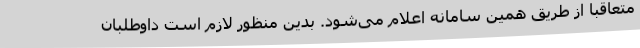
متعاقبا از طریق همین سامانه اعلام می‌شود. بدین منظور لازم است داوطلبان